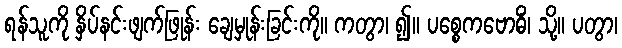
ရန်သူကို နှိပ်နင်းဖျက်ဖြုန်း ချေမှုန်းခြင်းကို။ ကတွာ၊ ၍။ ပစ္စေကဗောဓိံ၊ သို့။ ပတွာ၊